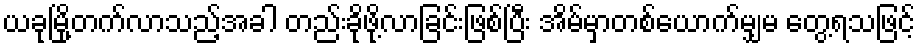
ယခုမြို့တက်လာသည့်အခါ တည်းခိုဖို့လာခြင်းဖြစ်ပြီး အိမ်မှာတစ်ယောက်မျှမ တွေ့ရသဖြင့်